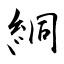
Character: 絧